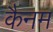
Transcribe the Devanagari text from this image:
कैनम